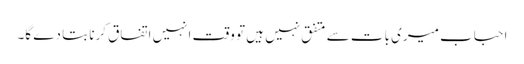
احباب میری بات سے متفق نہیں ہیں تو وقت انہیں اتفاق کرنا بتا دے گا۔